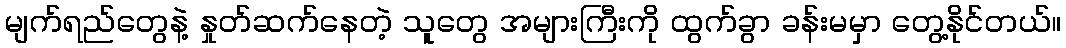
မျက်ရည်တွေနဲ့ နှုတ်ဆက်နေတဲ့ သူတွေ အများကြီးကို ထွက်ခွာ ခန်းမမှာ တွေ့နိုင်တယ်။